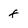
Character: f